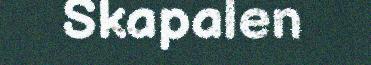
Skapalen